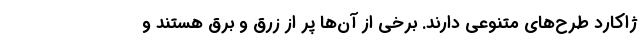
ژاکارد طرح‌های متنوعی دارند. برخی از آن‌ها پر از زرق و برق هستند و